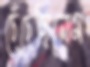
চেঁচেছিলেম